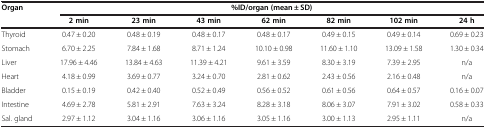
<table><thead><tr><td rowspan="2"><b>Organ</b></td><td colspan="7"><b>%ID/organ (mean ± SD)</b></td></tr><tr><td><b>2 min</b></td><td><b>23 min</b></td><td><b>43 min</b></td><td><b>62 min</b></td><td><b>82 min</b></td><td><b>102 min</b></td><td><b>24 h</b></td></tr></thead><tbody><tr><td>Thyroid</td><td>0.47 ± 0.20</td><td>0.48 ± 0.19</td><td>0.48 ± 0.17</td><td>0.48 ± 0.17</td><td>0.49 ± 0.15</td><td>0.49 ± 0.14</td><td>0.69 ± 0.23</td></tr><tr><td>Stomach</td><td>6.70 ± 2.25</td><td>7.84 ± 1.68</td><td>8.71 ± 1.24</td><td>10.10 ± 0.98</td><td>11.60 ± 1.10</td><td>13.09 ± 1.58</td><td>1.30 ± 0.34</td></tr><tr><td>Liver</td><td>17.96 ± 4.46</td><td>13.84 ± 4.63</td><td>11.39 ± 4.21</td><td>9.61 ± 3.59</td><td>8.30 ± 3.19</td><td>7.39 ± 2.95</td><td>n/a</td></tr><tr><td>Heart</td><td>4.18 ± 0.99</td><td>3.69 ± 0.77</td><td>3.24 ± 0.70</td><td>2.81 ± 0.62</td><td>2.43 ± 0.56</td><td>2.16 ± 0.48</td><td>n/a</td></tr><tr><td>Bladder</td><td>0.15 ± 0.19</td><td>0.42 ± 0.40</td><td>0.52 ± 0.49</td><td>0.56 ± 0.52</td><td>0.61 ± 0.56</td><td>0.64 ± 0.57</td><td>0.16 ± 0.07</td></tr><tr><td>Intestine</td><td>4.69 ± 2.78</td><td>5.81 ± 2.91</td><td>7.63 ± 3.24</td><td>8.28 ± 3.18</td><td>8.06 ± 3.07</td><td>7.91 ± 3.02</td><td>0.58 ± 0.33</td></tr><tr><td>Sal. gland</td><td>2.97 ± 1.12</td><td>3.04 ± 1.16</td><td>3.06 ± 1.16</td><td>3.05 ± 1.16</td><td>3.00 ± 1.13</td><td>2.95 ± 1.11</td><td>n/a</td></tr></tbody></table>